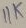
Text: 11k